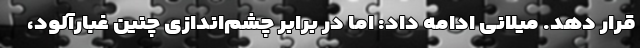
قرار دهد. میلانی ادامه داد: اما در برابر چشم‌اندازی چنین غبارآلود،